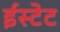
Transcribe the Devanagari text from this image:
ईस्टेट